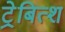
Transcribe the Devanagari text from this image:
ट्रेबित्श